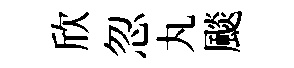
欣忽丸颷